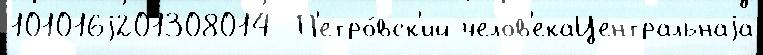
101016j201308014  П'етро́вск'ий челов'екаЦентральнаjа